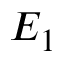
E _ { 1 }